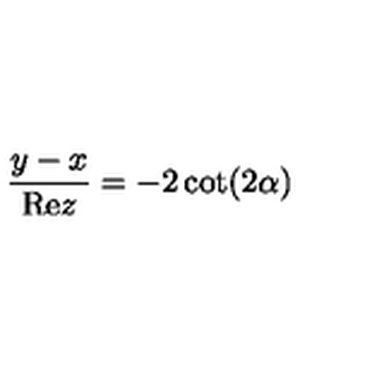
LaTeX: \frac { y - x } { \mathrm { R e } z } = - 2 \cot ( 2 \alpha )